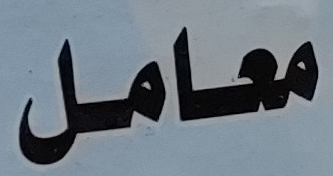
معامل